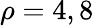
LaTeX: \rho=4,8